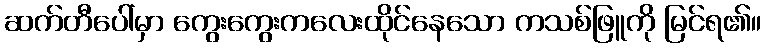
ဆက်တီပေါ်မှာ ကွေးကွေးကလေးထိုင်နေသော ကသစ်ဖြူကို မြင်ရ၏။